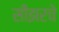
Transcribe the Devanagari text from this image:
सीझरचे